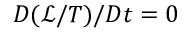
D ( \mathcal { L } / T ) / D t = 0